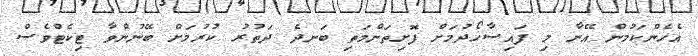
އެހެންކަމުން އޭނާ މި ފައިސާހޯދުމަށް ފޮށިތަންމަތި ބަނދެ ދަތުރު ކުރުމަށް ބޭނުންވާ ޓިކެޓްވެސް